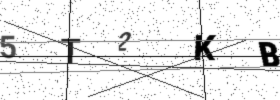
Text: 5T2KB